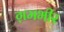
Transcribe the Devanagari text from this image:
ग़मभीर